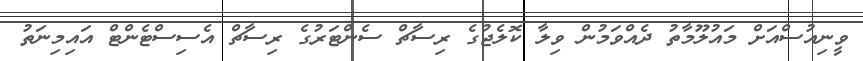
ވީނިއުސްއަށް މައުލޫމާތު ދެއްވަމުން ވިލާ ކޮލެޖުގެ ރިސާޗް ސެންޓަރުގެ ރިސާޗް އެސިސްޓެންޓް އައިމިނަތު